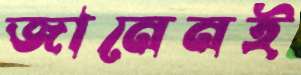
জানেনই